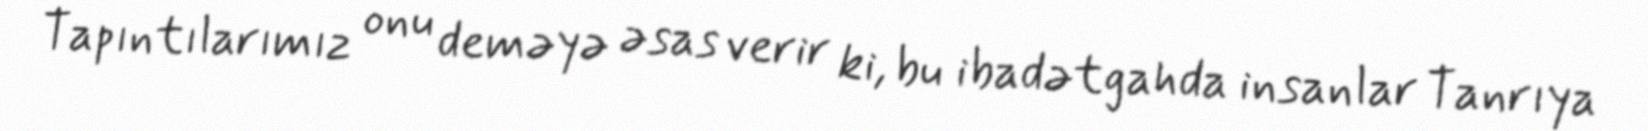
Tapıntılarımız onu deməyə əsas verir ki, bu ibadətgahda insanlar Tanrıya